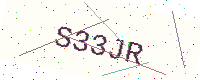
Text: S33JR